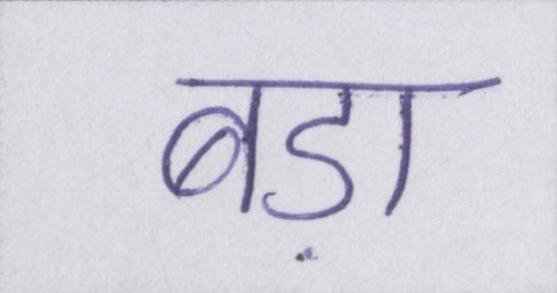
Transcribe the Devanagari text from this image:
बड़ा